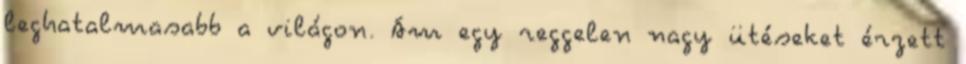
leghatalmasabb a világon. Ám egy reggelen nagy ütéseket érzett